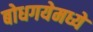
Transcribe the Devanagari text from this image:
बोधगयेमध्ये